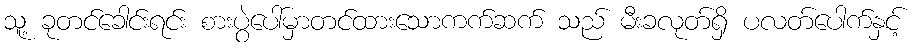
သူ့ ခုတင်ခေါင်းရင်း စားပွဲပေါ်မှာတင်ထားသောကက်ဆက် သည် မီးခလုတ်ရှိ ပလတ်ပေါက်နှင့်